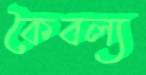
কৈবল্য